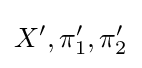
X',\pi _{1}',\pi _{2}'